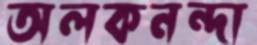
অলকনন্দা